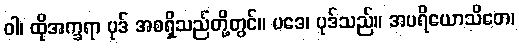
ဝါ၊ ထိုအက္ခရာ ပုဒ် အစရှိသည်တို့တွင်။ ပဒေ၊ ပုဒ်သည်။ အပရိယောသိတေ၊